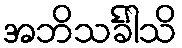
အဘိသင်္ခါသိ